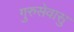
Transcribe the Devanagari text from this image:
गुरुसेवासु